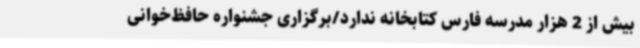
بیش از 2 هزار مدرسه فارس کتابخانه ندارد/برگزاری جشنواره حافظ‌خوانی